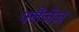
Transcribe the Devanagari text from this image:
फ्लैंजेंज़